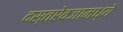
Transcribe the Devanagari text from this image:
दस्तऐवजामध्ये